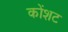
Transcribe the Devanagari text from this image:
कोंशट